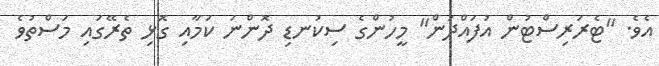
އެވެ. "ޓެރަރިސްޓުން އުފައްދަން" މީހުންގެ ސިކުނޑި ދޮންނަ ކަމާއި ގޮޅި ތެރޭގައި މަސްތުވެ